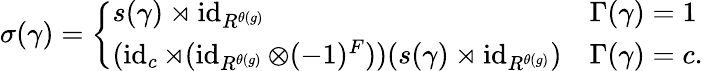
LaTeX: \begin{array}{r}{\sigma(\gamma)=\left\{ \begin{array}{ll}{s(\gamma)\rtimes\operatorname{id}_{R^{\theta(g)}}}&{\Gamma(\gamma)=1}\\ {(\operatorname{id}_{c}\rtimes(\operatorname{id}_{R^{\theta(g)}}\otimes(-1)^{F}))(s(\gamma)\rtimes\operatorname{id}_{R^{\theta(g)}})}&{\Gamma(\gamma)=c.}\end{array}\right.}\end{array}